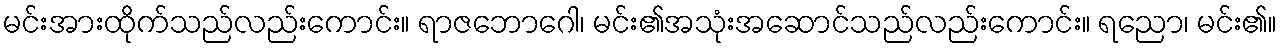
မင်းအားထိုက်သည်လည်းကောင်း။ ရာဇဘောဂေါ၊ မင်း၏အသုံးအဆောင်သည်လည်းကောင်း။ ရညော၊ မင်း၏။